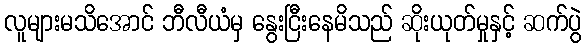
လူများမသိအောင် ဘီလီယံမှ နွေးငြီးနေမိသည် ဆိုးယုတ်မှုနှင့် ဆက်ပွဲ